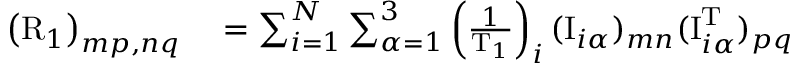
\begin{array} { r l } { \left( \mathrm { R } _ { 1 } \right) _ { m p , n q } } & { { } = \sum _ { i = 1 } ^ { N } \sum _ { \alpha = 1 } ^ { 3 } \left( \frac { 1 } { \mathrm { T } _ { 1 } } \right) _ { i } ( \mathrm { I } _ { i \alpha } ) _ { m n } ( \mathrm { I } _ { i \alpha } ^ { \mathrm { T } } ) _ { p q } } \end{array}